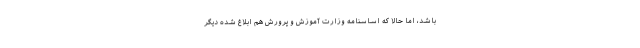
باشد، اما حالا که اساسنامه وزارت آموزش و پرورش هم ابلاغ شده دیگر